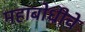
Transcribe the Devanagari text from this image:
महाबोधीचे